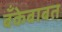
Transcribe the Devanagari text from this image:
बँकेबाबत